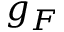
g _ { F }